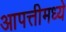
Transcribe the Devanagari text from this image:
आपत्तीमध्ये